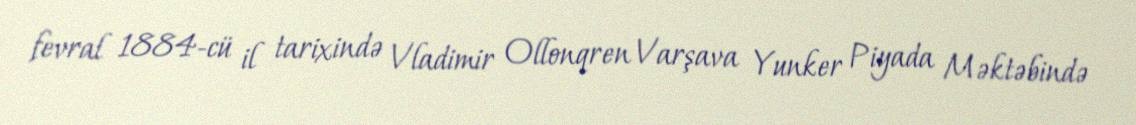
fevral 1884-cü il tarixində Vladimir Ollonqren Varşava Yunker Piyada Məktəbində